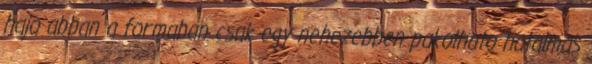
hajo abban a formaban csak egy nehezebben pakolhato hatalmas